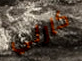
كارلي